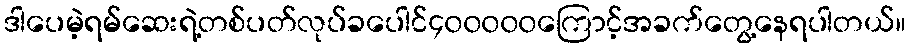
ဒါပေမဲ့ရမ်ဆေးရဲ့တစ်ပတ်လုပ်ခပေါင်၄၀၀၀၀၀ကြောင့်အခက်တွေ့နေရပါတယ်။